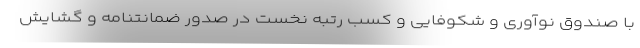
با صندوق نوآوری و شکوفایی و کسب رتبه نخست در صدور ضمانتنامه و گشایش